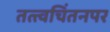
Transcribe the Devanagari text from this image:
तत्त्वचिंतनपर